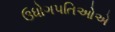
ઉધોગપતિઓએ